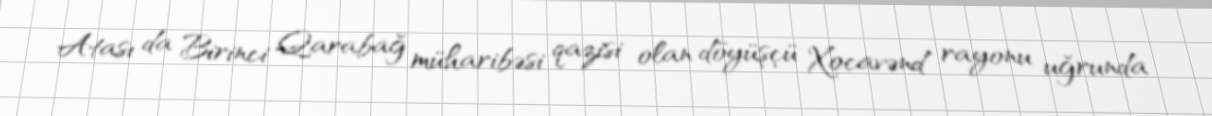
Atası da Birinci Qarabağ müharibəsi qazisi olan döyüşçü Xocavənd rayonu uğrunda